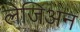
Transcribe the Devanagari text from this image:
लेजिअन